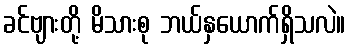
ခင်ဗျားတို့ မိသားစု ဘယ်နှယောက်ရှိသလဲ။